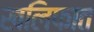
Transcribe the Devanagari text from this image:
खलिफात